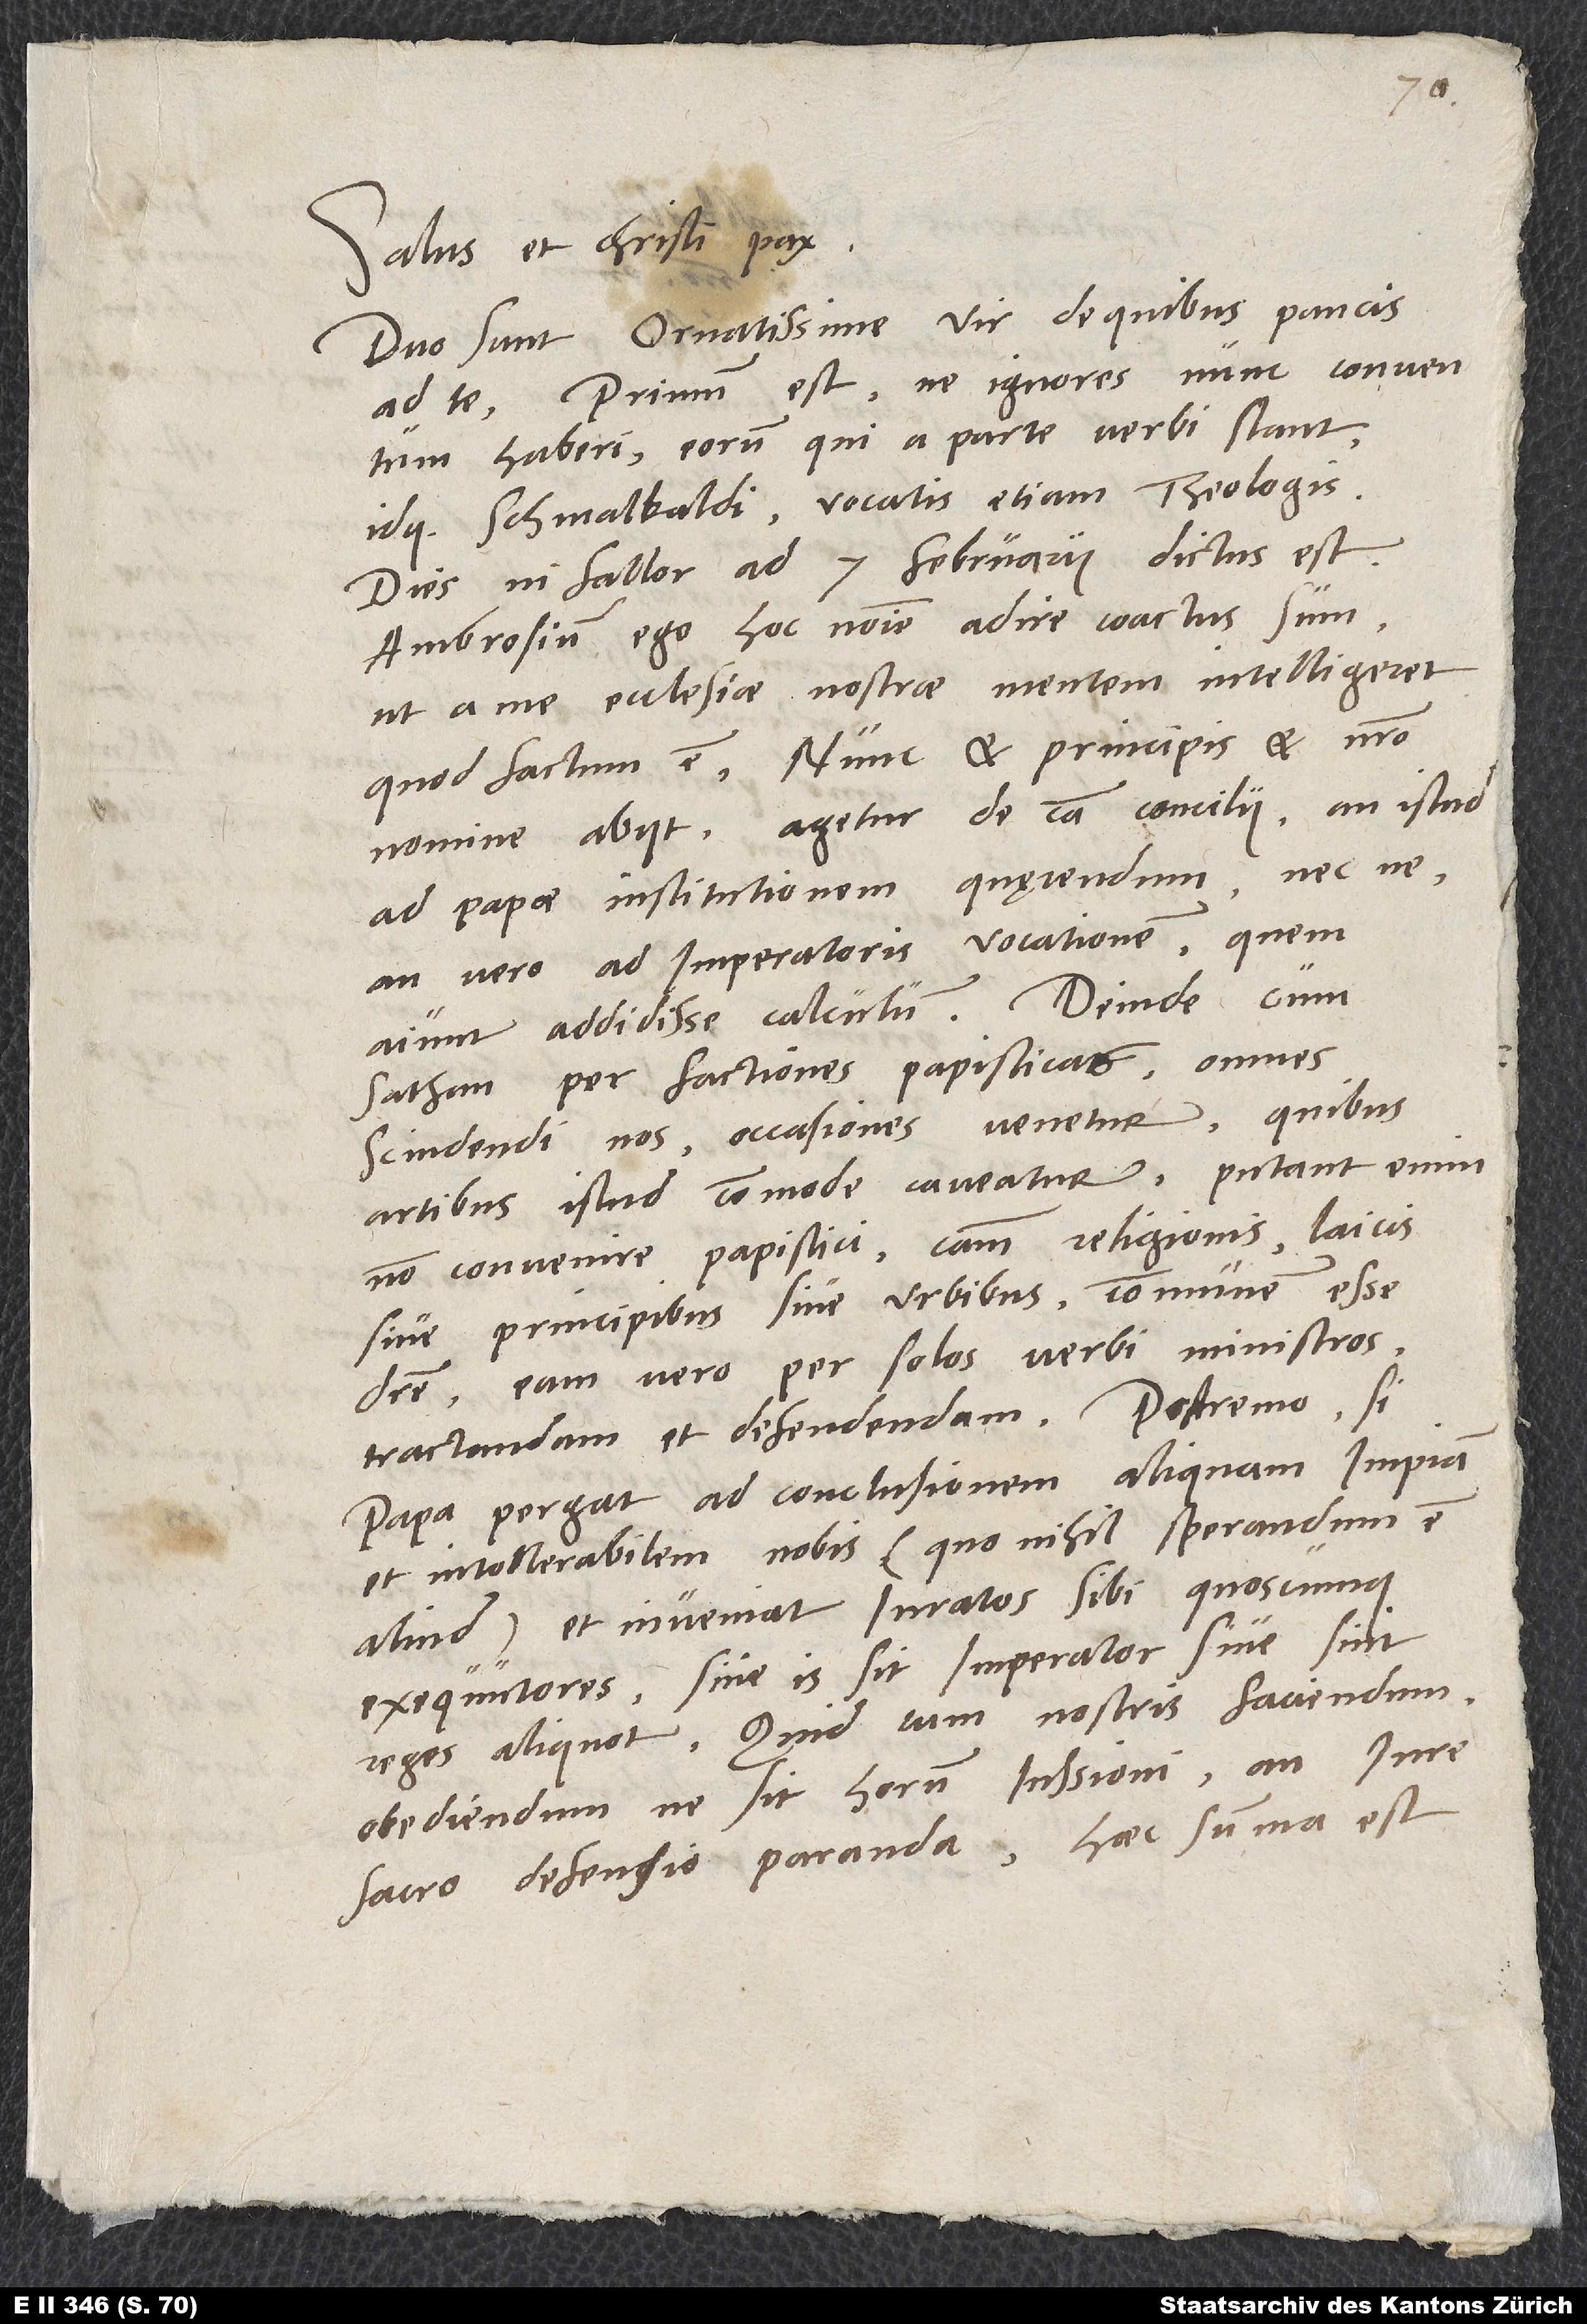
Salus et Christi pax.
Duo sunt, ornatissime vir, de quibus paucis
ad te. Primum est, ne ignores nunc conventum
haberi eorum, qui a parte verbi stant,
idque Schmalkaldi vocatis etiam theologis.
Dies, ni fallor, ad 7. februarii dictus est.
Ambrosium ego hoc nomine adire coactus sum,
ut a me ecclesiae nostrae mentem intelligeret,
quod factum est. Nunc et principis et nostro
nomine abiit. Agetur de causa concilii, an istud
ad papae institutionem quaerendum necne,
an vero ad imperatoris vocationem, quem
aiunt addidisse calculum. Deinde, cum
sathan per factiones papisticas omnes
scindendi nos occasiones venetur, quibus
artibus istud commode caveatur. Putant enim
non convenire papistici causam religionis laicis
sive principibus sive urbibus communem esse
debere, eam vero per solos verbi ministros
tractandam et defendendam. Postremo, si
papa pergat ad conclusionem aliquam impiam
et intollerabilem nobis (quo nihil sperandum est
aliud) et inveniat iuratos sibi quoscumque
exequutores, sive is sit imperator sive sint
reges aliquot, quid tum nostris faciendum,
obediendumne sit horum iussioni an iure
sacro defensio paranda. Haec summa est